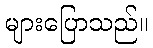
များပြောသည်။